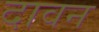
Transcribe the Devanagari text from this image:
दावन